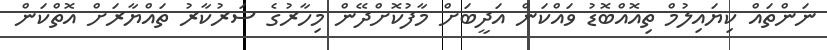
ނަންތައް ކިޔައިލުމް ތިއޮއްބޮޑު ވައްކަން އަދީބަށް މާފުކޮށްދޭން މިހާރުގެ ސަރުކާރު ތައްޔާރަށް އޮތްކަން